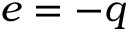
e = - q